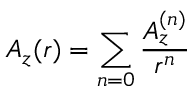
A _ { z } ( r ) = \sum _ { n = 0 } \frac { A _ { z } ^ { ( n ) } } { r ^ { n } }